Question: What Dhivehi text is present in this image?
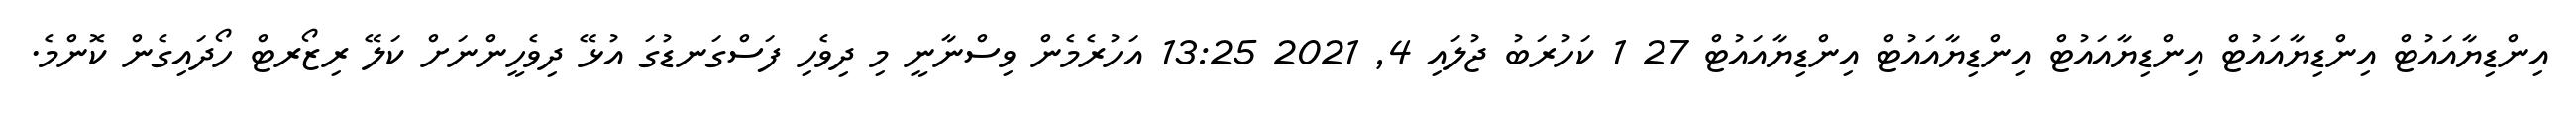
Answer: އިންޑިޔާއައުޓް އިންޑިޔާއައުޓް އިންޑިޔާއައުޓް އިންޑިޔާއައުޓް އިންޑިޔާއައުޓް 27 1 ކަހުރަބު ޖުލައި 4, 2021 13:25 އަހުރެމެން ވިސްނާނީ މި ދިވެހި ފަސްގަނޑުގަ އުޅޭ ދިވެހީންނަށް ކަލޭ ރިޒޯރޓް ހޯދައިގެން ކޮންމެ.